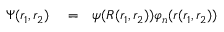
\begin{array} { r l r } { \Psi ( r _ { 1 } , r _ { 2 } ) } & { { } = } & { \psi ( R ( r _ { 1 } , r _ { 2 } ) ) \varphi _ { n } ( r ( r _ { 1 } , r _ { 2 } ) ) } \end{array}